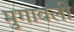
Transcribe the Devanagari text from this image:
मुगावली